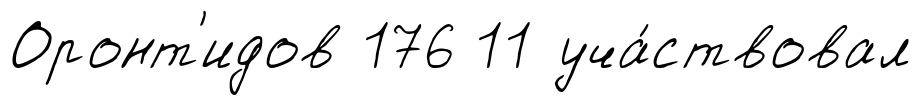
Оронт'идов 176 11 уча́ствовал